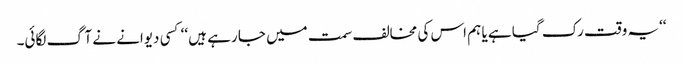
‘‘یہ وقت رک گیا ہے یا ہم اس کی مخالف سمت میں جا رہے ہیں ‘‘ کسی دیوانے نے آگ لگائی۔